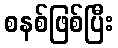
စနစ်ဖြစ်ပြီး